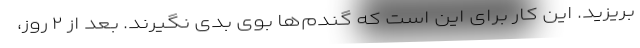
بریزید. این کار برای این است که گندم‌ها بوی بدی نگیرند. بعد از ۲ روز،